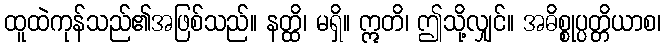
ထူထဲကုန်သည်၏အဖြစ်သည်။ နတ္ထိ၊ မရှိ။ ဣတိ၊ ဤသို့လျှင်။ အဓိစ္စုပ္ပတ္တိယာစ၊